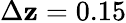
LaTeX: \Delta\mathbf{z}=0.15